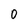
Character: 0